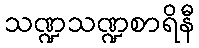
သဏ္ဍသဏ္ဍစာရိနီ